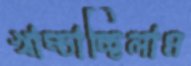
খাম্‌চাচ্ছিলাম